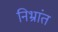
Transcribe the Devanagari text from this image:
निभ्रांत